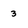
Character: 3